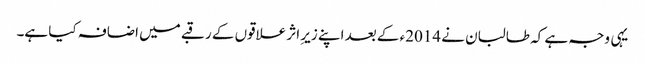
یہی وجہ ہے کہ طالبان نے 2014ء کے بعد اپنے زیرِ اثر علاقوں کے رقبے میں اضافہ کیا ہے۔